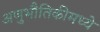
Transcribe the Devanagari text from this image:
अणुभौतिकीमध्ये